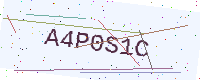
Text: A4P0S1C